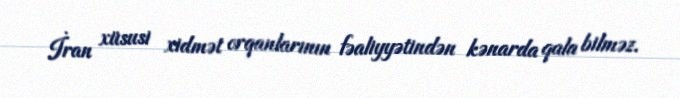
İran xüsusi xidmət orqanlarının fəaliyyətindən kənarda qala bilməz.